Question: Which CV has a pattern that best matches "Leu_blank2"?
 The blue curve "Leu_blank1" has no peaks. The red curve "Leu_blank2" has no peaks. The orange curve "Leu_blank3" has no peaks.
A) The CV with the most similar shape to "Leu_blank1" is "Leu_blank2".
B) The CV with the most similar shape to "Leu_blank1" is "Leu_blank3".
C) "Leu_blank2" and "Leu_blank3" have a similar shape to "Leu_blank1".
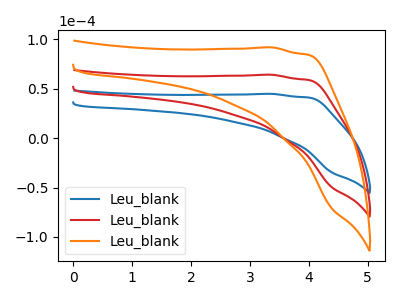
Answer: <think>Neither "Leu_blank1" or "Leu_blank2" have any peaks. Neither "Leu_blank1" or "Leu_blank3" have any peaks. Neither "Leu_blank2" or "Leu_blank3" have any peaks.
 </think>
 <answer>C) "Leu_blank2" and "Leu_blank3" have a similar shape to "Leu_blank1".</answer>
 <eval>C</eval>